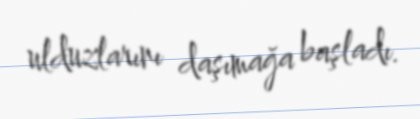
ulduzlarını daşımağa başladı.